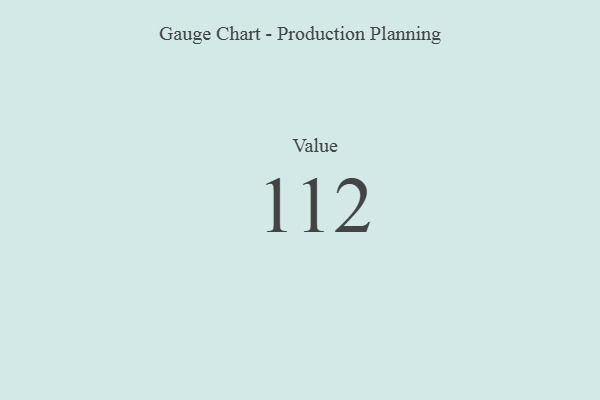
{"axis": {"x": "Metric", "y": "Value"}, "legend": [""], "data": [{"x": "Value", "y": 112, "type": ""}]}